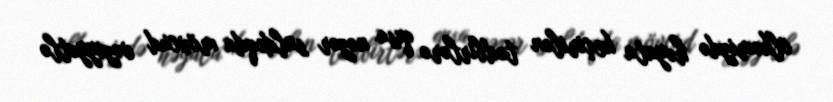
ölkəmizdə həyata keçirilən tədbirlərə qısa nəzər saldıqda mövcud vəziyyətlə